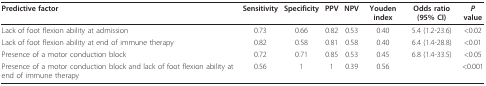
<table><thead><tr><td><b>Predictive factor</b></td><td><b>Sensitivity</b></td><td><b>Specificity</b></td><td><b>PPV</b></td><td><b>NPV</b></td><td><b>Youden index</b></td><td><b>Odds ratio (95% CI)</b></td><td><b><i>P </i>value</b></td></tr></thead><tbody><tr><td>Lack of foot flexion ability at admission</td><td>0.73</td><td>0.66</td><td>0.82</td><td>0.53</td><td>0.40</td><td>5.4 (1.2-23.6)</td><td>&lt;0.02</td></tr><tr><td>Lack of foot flexion ability at end of immune therapy</td><td>0.82</td><td>0.58</td><td>0.81</td><td>0.58</td><td>0.40</td><td>6.4 (1.4-28.8)</td><td>&lt;0.01</td></tr><tr><td>Presence of a motor conduction block</td><td>0.72</td><td>0.71</td><td>0.85</td><td>0.53</td><td>0.45</td><td>6.8 (1.4-33.5)</td><td>&lt;0.05</td></tr><tr><td>Presence of a motor conduction block and lack of foot flexion ability at end of immune therapy</td><td>0.56</td><td>1</td><td>1</td><td>0.39</td><td>0.56</td><td></td><td>&lt;0.001</td></tr></tbody></table>